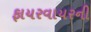
ફાયરવાયરની